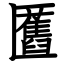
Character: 匶